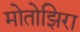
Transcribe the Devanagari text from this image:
मोतोझिरा